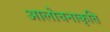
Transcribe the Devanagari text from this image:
आलोचनाकृति